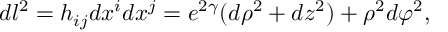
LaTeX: d l ^ { 2 } = h _ { i j } d x ^ { i } d x ^ { j } = e ^ { 2 \gamma } ( d \rho ^ { 2 } + d z ^ { 2 } ) + \rho ^ { 2 } d \varphi ^ { 2 } ,